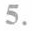
5.